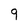
Character: 9